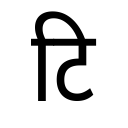
OCR:
टि